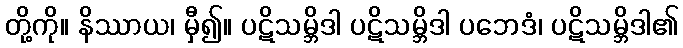
တို့ကို။ နိဿာယ၊ မှီ၍။ ပဋိသမ္ဘိဒါ ပဋိသမ္ဘိဒါ ပဘေဒံ၊ ပဋိသမ္ဘိဒါ၏